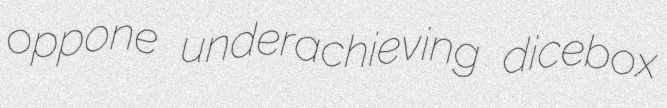
oppone underachieving dicebox